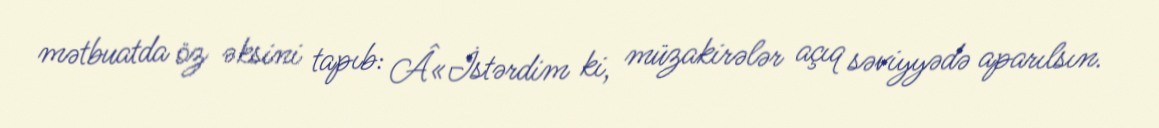
mətbuatda öz əksini tapıb: Â«İstərdim ki, müzakirələr açıq səviyyədə aparılsın.